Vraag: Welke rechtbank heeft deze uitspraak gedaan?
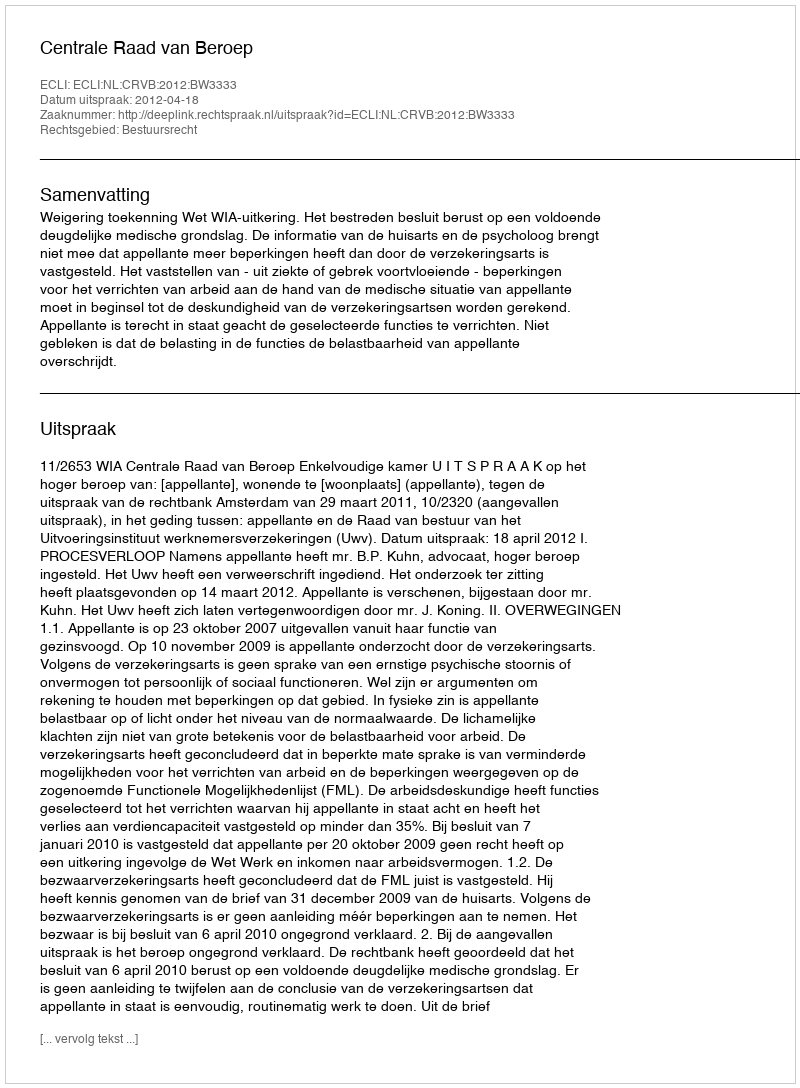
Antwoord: Centrale Raad van Beroep